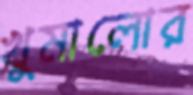
খুমালোর